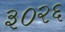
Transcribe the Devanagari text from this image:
३०२६